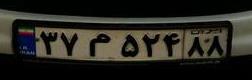
۳۷م۵۲۴۸۸